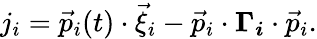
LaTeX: \begin{array}{r}{j_{i}=\vec{p}_{i}(t)\cdot\vec{\xi}_{i}-\vec{p}_{i}\cdot\boldsymbol{\Gamma_{i}}\cdot\vec{p}_{i}.}\end{array}